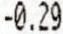
-0.29